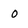
Character: o